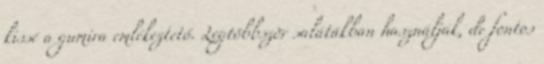
kissé a gumira emlékeztető. Legtöbbször salátákban használják, de fontos